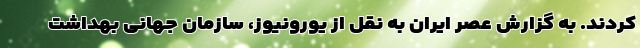
کردند. به گزارش عصر ایران به نقل از یورونیوز، سازمان جهانی بهداشت